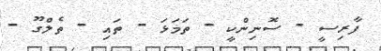
ފާރިސީ - ސޮނިންކީ - ތަމަޅަ - ތައި - ތެލްގޫ -